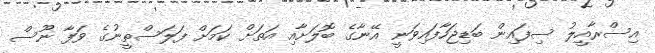
އިސްރާއީލު ސިފައިން ބަޑިޖަހާފައިވަނީ އޭނާގެ ބޮލަށާއި އަތަށް ކަމަށް ފަލަސްތީނުގެ ވަފާ ނޫސް